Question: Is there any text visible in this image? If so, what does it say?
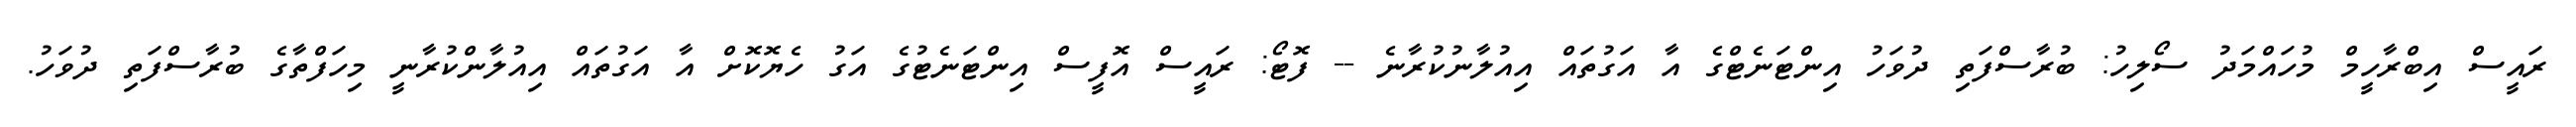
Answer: ރައީސް އިބްރާހީމް މުހައްމަދު ސޯލިހު: ބުރާސްފަތި ދުވަހު އިންޓަނެޓްގެ އާ އަގުތައް އިއުލާނުކުރާނެ -- ފޮޓޯ: ރައީސް އޮފީސް އިންޓަނެޓުގެ އަގު ހެޔޮކޮށް އާ އަގުތައް އިއުލާންކުރާނީ މިހަފްތާގެ ބުރާސްފަތި ދުވަހު.